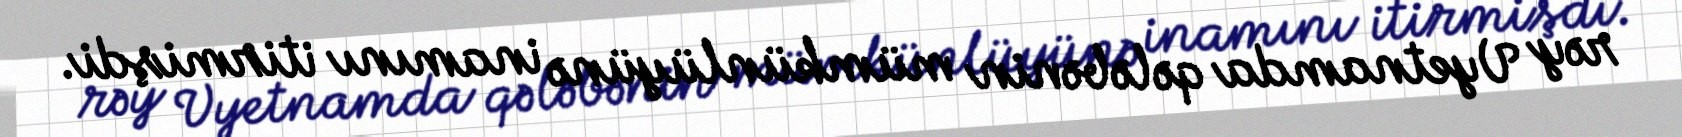
rəy Vyetnamda qələbənin mümkünlüyünə inamını itirmişdi.